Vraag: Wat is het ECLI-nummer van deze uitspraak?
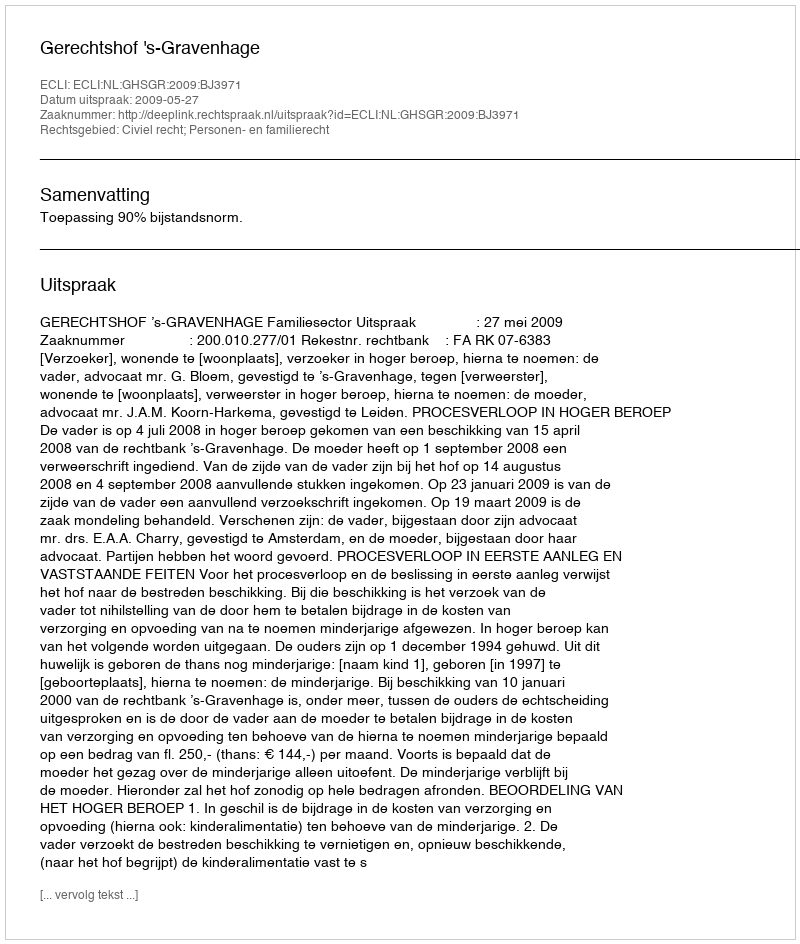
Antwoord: ECLI:NL:GHSGR:2009:BJ3971